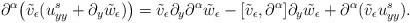
LaTeX: \begin{align*}\partial^{\alpha} \big( \tilde{v}_\epsilon ( u^s_{yy}+\partial_y\tilde{w}_\epsilon ) \big) & = \tilde{v}_\epsilon \partial_y \partial^{\alpha} \tilde{w}_\epsilon - [\tilde{v}_\epsilon, \partial^{\alpha} ] \partial_y \tilde{w}_\epsilon+ \partial^{\alpha}(\tilde{v}_\epsilon u^s_{yy} ).\end{align*}